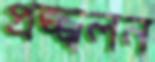
প্রজ্জ্বলন